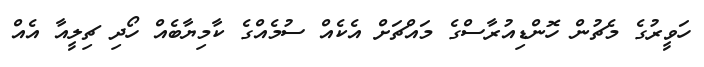
ހަވީރުގެ މެޗުން ހޮންޑިއުރާސްގެ މައްޗަށް އެކެއް ސުމެއްގެ ކާމިޔާބެއް ހޯދި ޗިލީއާ އެއް